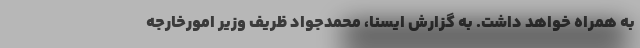
به همراه خواهد داشت. به گزارش ایسنا، محمدجواد ظریف وزیر امورخارجه